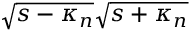
\sqrt { s - \kappa _ { n } } \sqrt { s + \kappa _ { n } }